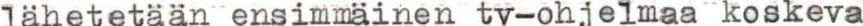
lähetetään ensimmäinen tv-ohjelmaa koskeva